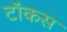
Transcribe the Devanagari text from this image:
टॉकस